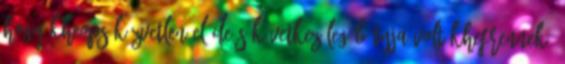
hogy Kheops közvetlen előde s következőleg bátyja volt Khefrennek.